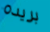
بريده